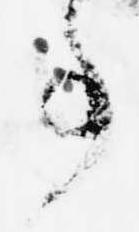
事